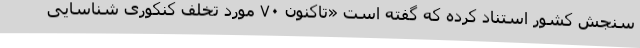
سنجش کشور استناد کرده که گفته است «تاکنون ۷۰ مورد تخلف کنکوری شناسایی